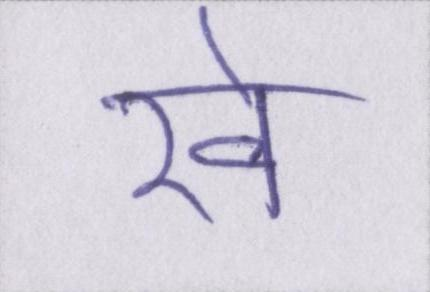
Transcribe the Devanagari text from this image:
रवे